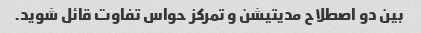
بین دو اصطلاح مدیتیشن و تمرکز حواس تفاوت قائل شوید.